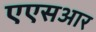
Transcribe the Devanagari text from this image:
एएसआर